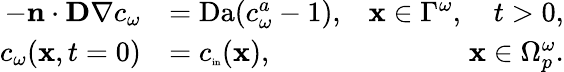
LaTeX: \begin{array}{rlr}{-\textbf n\cdot\textbf{D}\nabla c_{\omega}}&{=\mathrm{Da}(c_{\omega}^{a}-1),}&{\textbf x\in\Gamma^{\omega},\quad t>0,}\\ {c_{\omega}(\textbf x,t=0)}&{=c_{\tiny\mathrm{in}}(\textbf x),}&{\textbf x\in\Omega_{p}^{\omega}.}\end{array}